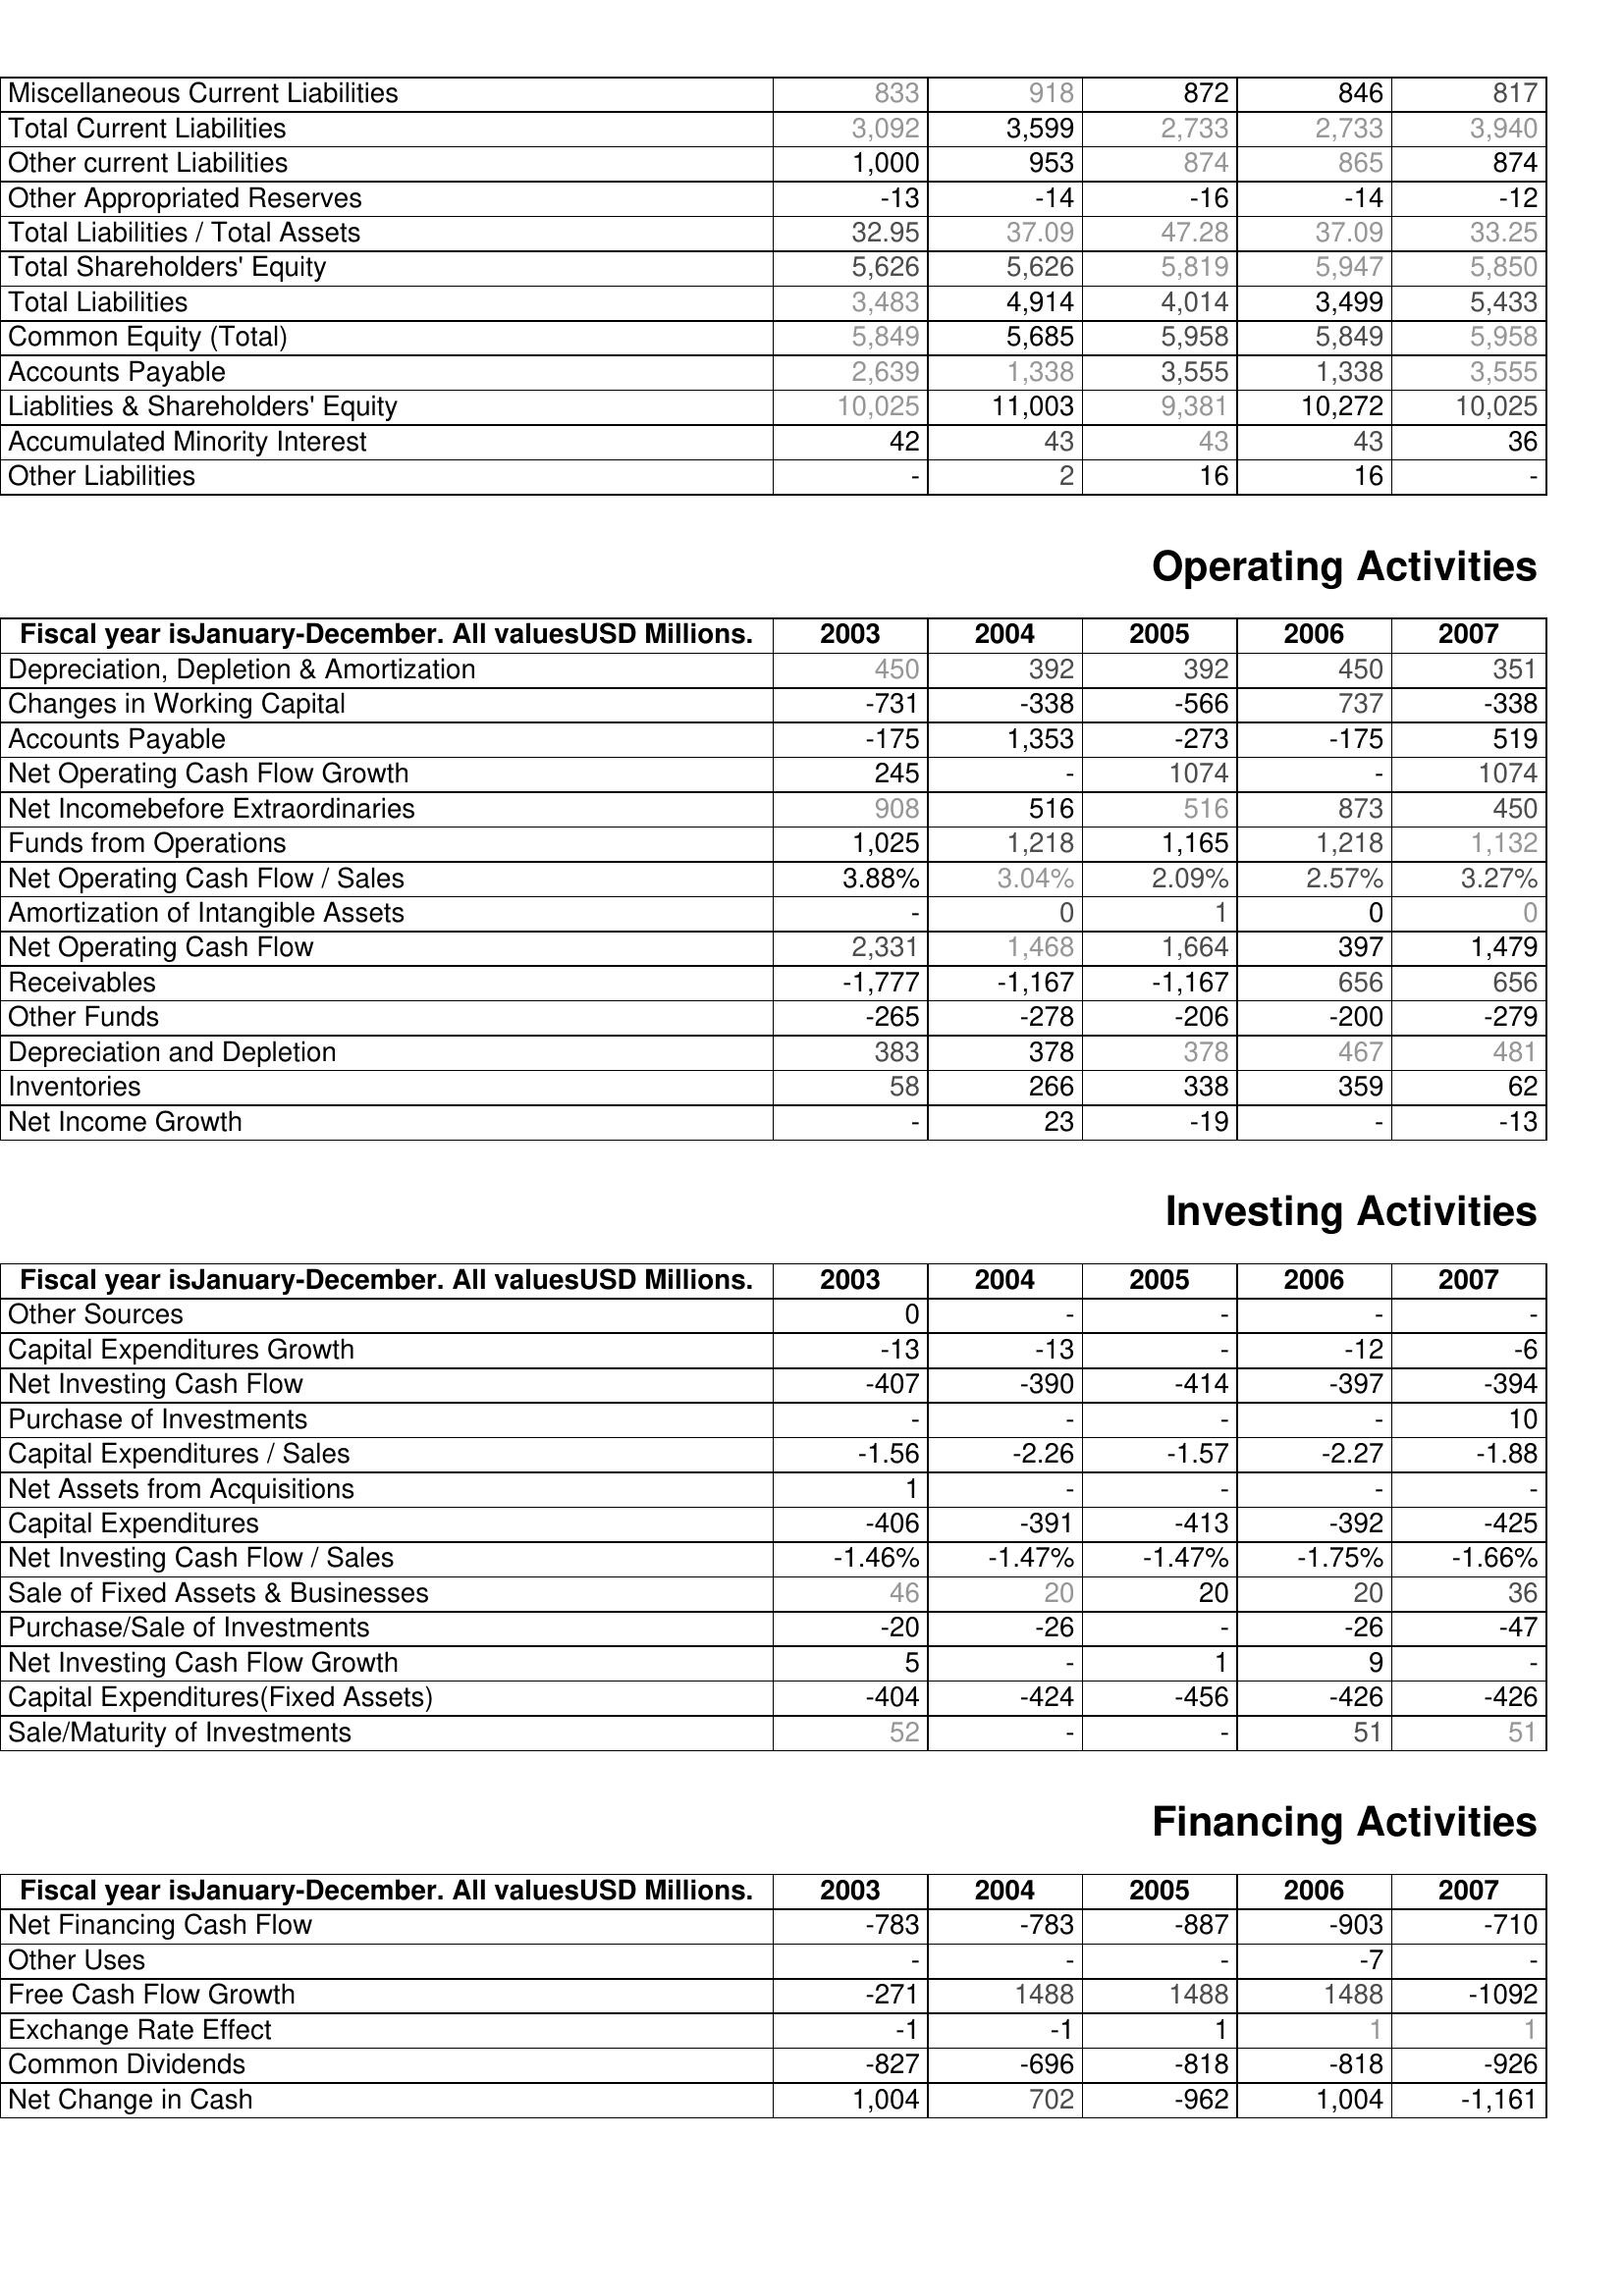
2003: Liabilities & Shareholder's Equity: Miscellaneous Current Liabilities: 833
Total Current Liabilities: 3,092
Other current Liabilities: 1,000
Other Appropriated Reserves: -13
Total Liabilities / Total Assets: 32.95
Total Shareholders' Equity: 5,626
Total Liabilities: 3,483
Common Equity (Total): 5,849
Accounts Payable: 2,639
Liablities & Shareholders' Equity: 10,025
Accumulated Minority Interest: 42
Other Liabilities: -
Operating Activities: Depreciation, Depletion & Amortization: 450
Changes in Working Capital: -731
Accounts Payable: -175
Net Operating Cash Flow Growth: 245
Net Incomebefore Extraordinaries: 908
Funds from Operations: 1,025
Net Operating Cash Flow / Sales: 3.88%
Amortization of Intangible Assets: -
Net Operating Cash Flow: 2,331
Receivables: -1,777
Other Funds: -265
Depreciation and Depletion: 383
Inventories: 58
Net Income Growth: -
Investing Activities: Other Sources: 0
Capital Expenditures Growth: -13
Net Investing Cash Flow: -407
Purchase of Investments: -
Capital Expenditures / Sales: -1.56
Net Assets from Acquisitions: 1
Capital Expenditures: -406
Net Investing Cash Flow / Sales: -1.46%
Sale of Fixed Assets & Businesses: 46
Purchase/Sale of Investments: -20
Net Investing Cash Flow Growth: 5
Capital Expenditures(Fixed Assets): -404
Sale/Maturity of Investments: 52
Financing Activities: Net Financing Cash Flow: -783
Other Uses: -
Free Cash Flow Growth: -271
Exchange Rate Effect: -1
Common Dividends: -827
Net Change in Cash: 1,004
2004: Liabilities & Shareholder's Equity: Miscellaneous Current Liabilities: 918
Total Current Liabilities: 3,599
Other current Liabilities: 953
Other Appropriated Reserves: -14
Total Liabilities / Total Assets: 37.09
Total Shareholders' Equity: 5,626
Total Liabilities: 4,914
Common Equity (Total): 5,685
Accounts Payable: 1,338
Liablities & Shareholders' Equity: 11,003
Accumulated Minority Interest: 43
Other Liabilities: 2
Operating Activities: Depreciation, Depletion & Amortization: 392
Changes in Working Capital: -338
Accounts Payable: 1,353
Net Operating Cash Flow Growth: -
Net Incomebefore Extraordinaries: 516
Funds from Operations: 1,218
Net Operating Cash Flow / Sales: 3.04%
Amortization of Intangible Assets: 0
Net Operating Cash Flow: 1,468
Receivables: -1,167
Other Funds: -278
Depreciation and Depletion: 378
Inventories: 266
Net Income Growth: 23
Investing Activities: Other Sources: -
Capital Expenditures Growth: -13
Net Investing Cash Flow: -390
Purchase of Investments: -
Capital Expenditures / Sales: -2.26
Net Assets from Acquisitions: -
Capital Expenditures: -391
Net Investing Cash Flow / Sales: -1.47%
Sale of Fixed Assets & Businesses: 20
Purchase/Sale of Investments: -26
Net Investing Cash Flow Growth: -
Capital Expenditures(Fixed Assets): -424
Sale/Maturity of Investments: -
Financing Activities: Net Financing Cash Flow: -783
Other Uses: -
Free Cash Flow Growth: 1488
Exchange Rate Effect: -1
Common Dividends: -696
Net Change in Cash: 702
2005: Liabilities & Shareholder's Equity: Miscellaneous Current Liabilities: 872
Total Current Liabilities: 2,733
Other current Liabilities: 874
Other Appropriated Reserves: -16
Total Liabilities / Total Assets: 47.28
Total Shareholders' Equity: 5,819
Total Liabilities: 4,014
Common Equity (Total): 5,958
Accounts Payable: 3,555
Liablities & Shareholders' Equity: 9,381
Accumulated Minority Interest: 43
Other Liabilities: 16
Operating Activities: Depreciation, Depletion & Amortization: 392
Changes in Working Capital: -566
Accounts Payable: -273
Net Operating Cash Flow Growth: 1074
Net Incomebefore Extraordinaries: 516
Funds from Operations: 1,165
Net Operating Cash Flow / Sales: 2.09%
Amortization of Intangible Assets: 1
Net Operating Cash Flow: 1,664
Receivables: -1,167
Other Funds: -206
Depreciation and Depletion: 378
Inventories: 338
Net Income Growth: -19
Investing Activities: Other Sources: -
Capital Expenditures Growth: -
Net Investing Cash Flow: -414
Purchase of Investments: -
Capital Expenditures / Sales: -1.57
Net Assets from Acquisitions: -
Capital Expenditures: -413
Net Investing Cash Flow / Sales: -1.47%
Sale of Fixed Assets & Businesses: 20
Purchase/Sale of Investments: -
Net Investing Cash Flow Growth: 1
Capital Expenditures(Fixed Assets): -456
Sale/Maturity of Investments: -
Financing Activities: Net Financing Cash Flow: -887
Other Uses: -
Free Cash Flow Growth: 1488
Exchange Rate Effect: 1
Common Dividends: -818
Net Change in Cash: -962
2006: Liabilities & Shareholder's Equity: Miscellaneous Current Liabilities: 846
Total Current Liabilities: 2,733
Other current Liabilities: 865
Other Appropriated Reserves: -14
Total Liabilities / Total Assets: 37.09
Total Shareholders' Equity: 5,947
Total Liabilities: 3,499
Common Equity (Total): 5,849
Accounts Payable: 1,338
Liablities & Shareholders' Equity: 10,272
Accumulated Minority Interest: 43
Other Liabilities: 16
Operating Activities: Depreciation, Depletion & Amortization: 450
Changes in Working Capital: 737
Accounts Payable: -175
Net Operating Cash Flow Growth: -
Net Incomebefore Extraordinaries: 873
Funds from Operations: 1,218
Net Operating Cash Flow / Sales: 2.57%
Amortization of Intangible Assets: 0
Net Operating Cash Flow: 397
Receivables: 656
Other Funds: -200
Depreciation and Depletion: 467
Inventories: 359
Net Income Growth: -
Investing Activities: Other Sources: -
Capital Expenditures Growth: -12
Net Investing Cash Flow: -397
Purchase of Investments: -
Capital Expenditures / Sales: -2.27
Net Assets from Acquisitions: -
Capital Expenditures: -392
Net Investing Cash Flow / Sales: -1.75%
Sale of Fixed Assets & Businesses: 20
Purchase/Sale of Investments: -26
Net Investing Cash Flow Growth: 9
Capital Expenditures(Fixed Assets): -426
Sale/Maturity of Investments: 51
Financing Activities: Net Financing Cash Flow: -903
Other Uses: -7
Free Cash Flow Growth: 1488
Exchange Rate Effect: 1
Common Dividends: -818
Net Change in Cash: 1,004
2007: Liabilities & Shareholder's Equity: Miscellaneous Current Liabilities: 817
Total Current Liabilities: 3,940
Other current Liabilities: 874
Other Appropriated Reserves: -12
Total Liabilities / Total Assets: 33.25
Total Shareholders' Equity: 5,850
Total Liabilities: 5,433
Common Equity (Total): 5,958
Accounts Payable: 3,555
Liablities & Shareholders' Equity: 10,025
Accumulated Minority Interest: 36
Other Liabilities: -
Operating Activities: Depreciation, Depletion & Amortization: 351
Changes in Working Capital: -338
Accounts Payable: 519
Net Operating Cash Flow Growth: 1074
Net Incomebefore Extraordinaries: 450
Funds from Operations: 1,132
Net Operating Cash Flow / Sales: 3.27%
Amortization of Intangible Assets: 0
Net Operating Cash Flow: 1,479
Receivables: 656
Other Funds: -279
Depreciation and Depletion: 481
Inventories: 62
Net Income Growth: -13
Investing Activities: Other Sources: -
Capital Expenditures Growth: -6
Net Investing Cash Flow: -394
Purchase of Investments: 10
Capital Expenditures / Sales: -1.88
Net Assets from Acquisitions: -
Capital Expenditures: -425
Net Investing Cash Flow / Sales: -1.66%
Sale of Fixed Assets & Businesses: 36
Purchase/Sale of Investments: -47
Net Investing Cash Flow Growth: -
Capital Expenditures(Fixed Assets): -426
Sale/Maturity of Investments: 51
Financing Activities: Net Financing Cash Flow: -710
Other Uses: -
Free Cash Flow Growth: -1092
Exchange Rate Effect: 1
Common Dividends: -926
Net Change in Cash: -1,161